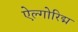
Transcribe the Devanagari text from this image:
ऐल्गोरिद्म